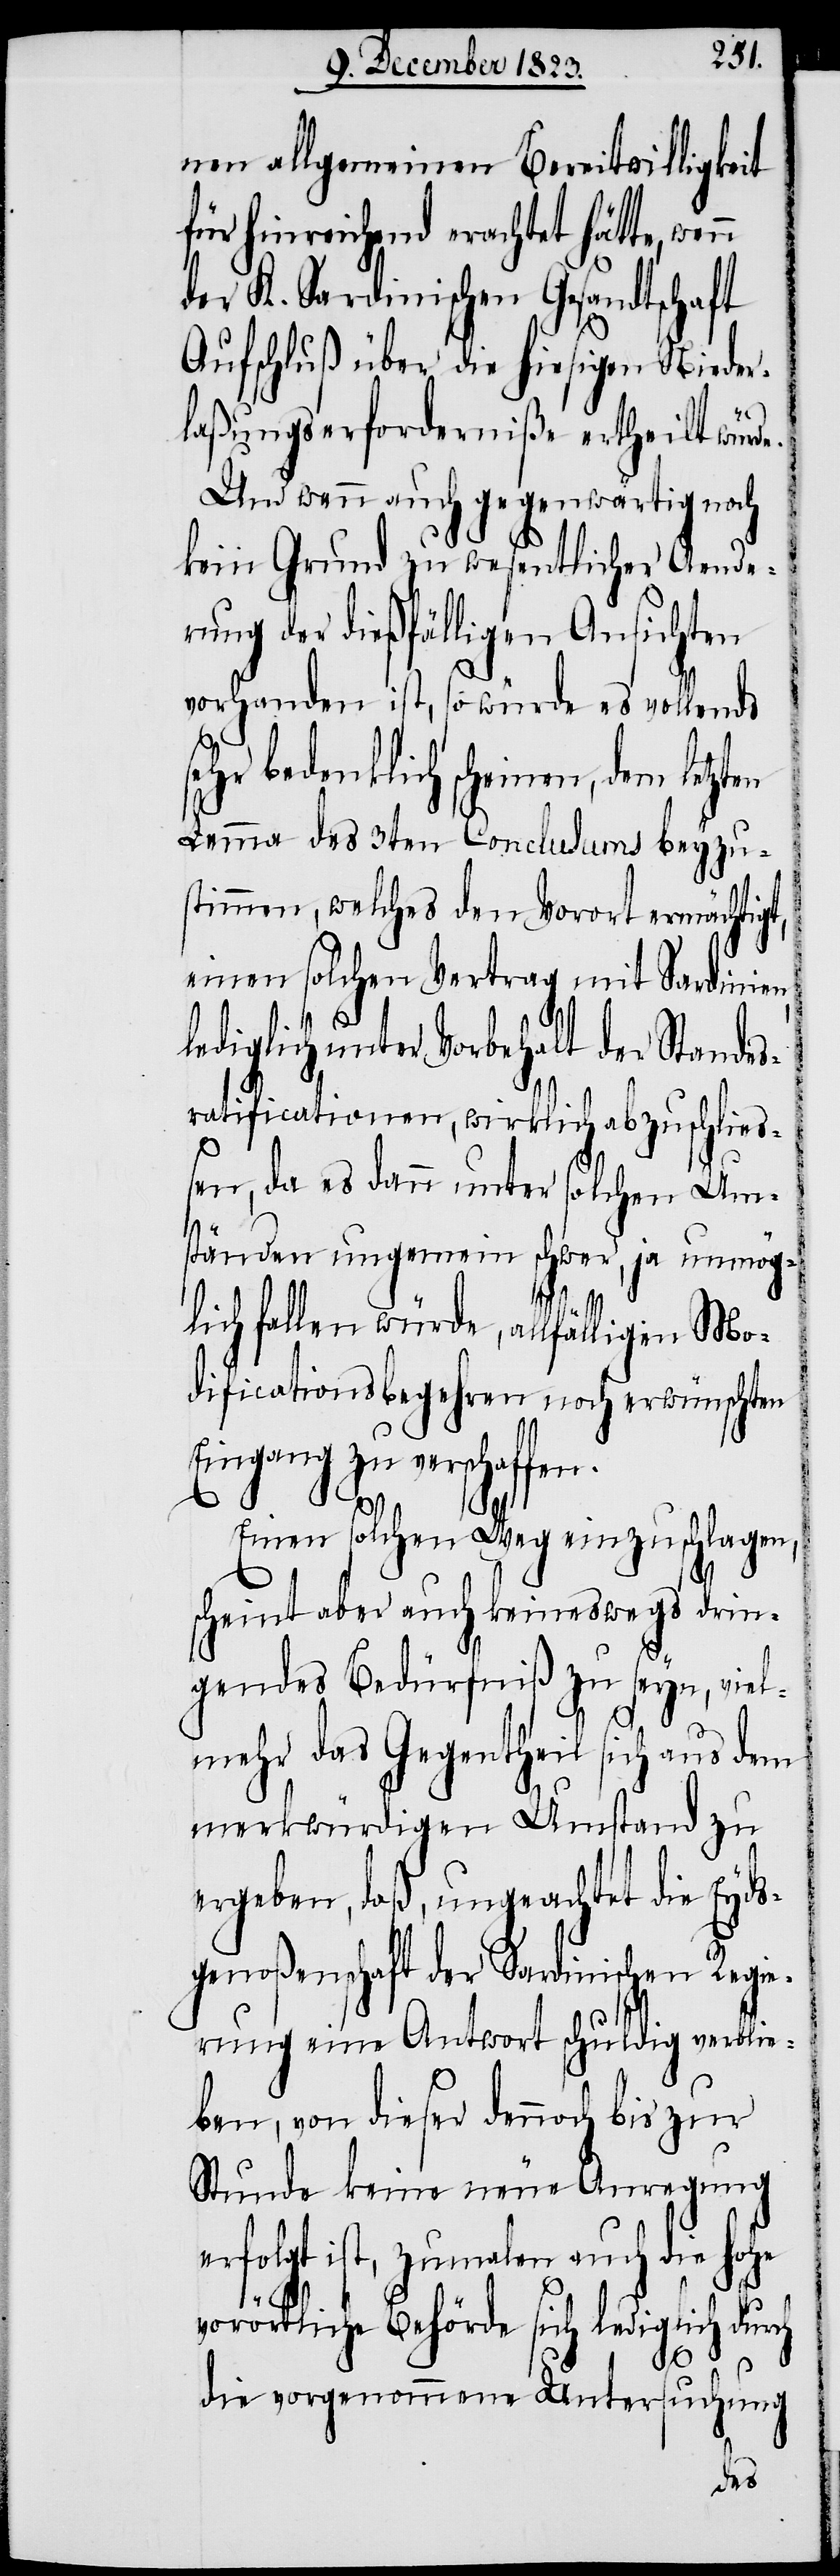
nen allgemeinen Bereitwilligkeit
für hinreichend erachtet hätte,
der K. Sardinischen Gesandtschaft
Aufschluß über die hiesigen Nieder¬
laßungserforderniße ertheilt würd¬
Und wenn auch gegenwärtig noch
kein Grund zu wesentlicher Aende¬
rung der dießfälligen Ansichten
vorhanden ist, so würde es vollends
sehr bedenklich scheinen, dem
Lemma des 3ten Conclusums beyzu¬
stimmen, welches den Vorort ermächtigt,
einen solchen Vertrag mit Sardinien,
ediglich unter Vorbehalt der Standes¬
ratificationen, wirklich abzuschließ¬
en, da es dann unter solchen Um¬
ständen ungemein schwer, ja unmög¬
lich fallen würde, allfälligen Mo¬
dificationsbegehren noch erwünschten
Eingang zu verschaffe¬
Einen solchen Weg einzuschlagen,
scheint aber auch keineswegs drin¬
gendes Bedürfniß zu seyn, viel¬
mehr das Gegentheil sich aus dem
merkwürdigen Umstand zu
ergeben, daß, ungeachtet die Eyds¬
genoßenschaft der Sardinischen Regie¬
rung eine Antwort schuldig verblie¬
ben, von dieser dennoch bis zur
Stunde keine neue Anregung
erfolgt ist, zumalen auch die hohe
vorörtliche Behörde sich lediglich durch
n.
die vorgenommene Untersuchung